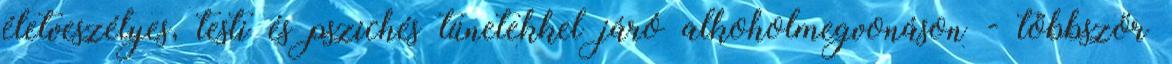
életveszélyes, testi és pszichés tünetekkel járó alkoholmegvonáson - többször